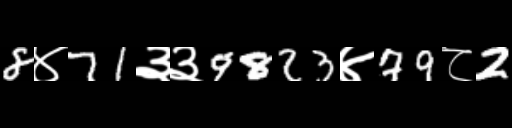
Text: 8४71३३9823४79८2